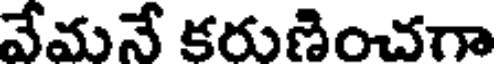
వేమనే కరుణించగా